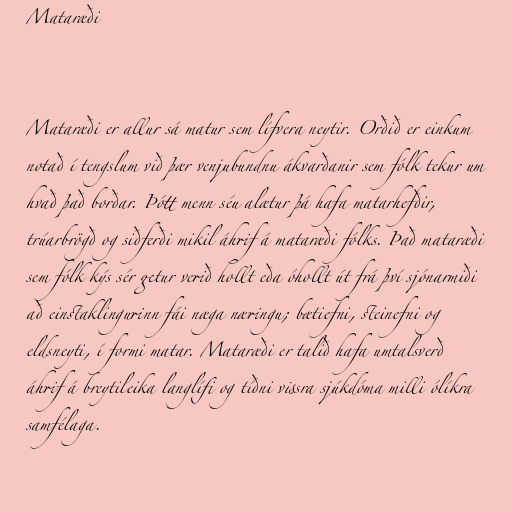
Mataræði

Mataræði er allur sá matur sem lífvera neytir. Orðið er einkum
notað í tengslum við þær venjubundnu ákvarðanir sem fólk tekur um
hvað það borðar. Þótt menn séu alætur þá hafa matarhefðir,
trúarbrögð og siðferði mikil áhrif á mataræði fólks. Það mataræði
sem fólk kýs sér getur verið hollt eða óhollt út frá því sjónarmiði
að einstaklingurinn fái næga næringu; bætiefni, steinefni og
eldsneyti, í formi matar. Mataræði er talið hafa umtalsverð
áhrif á breytileika langlífi og tíðni vissra sjúkdóma milli ólíkra
samfélaga.